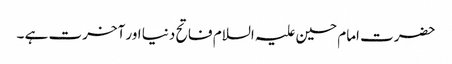
حضرت امام حسین علیہ السلام فاتح دنیا اور آخرت ہے ۔